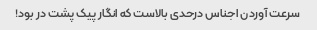
سرعت آوردن اجناس درحدی بالاست که انگار پیک پشت در بود!